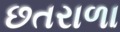
છતરાળા